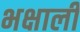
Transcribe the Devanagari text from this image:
भक्षाली